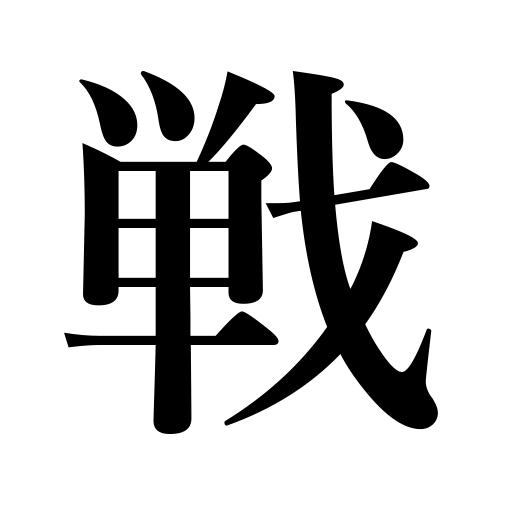
Meanings: fight,game,engage in a contest,match,struggle against,war,encounter,wage war,battle